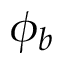
\phi _ { b }